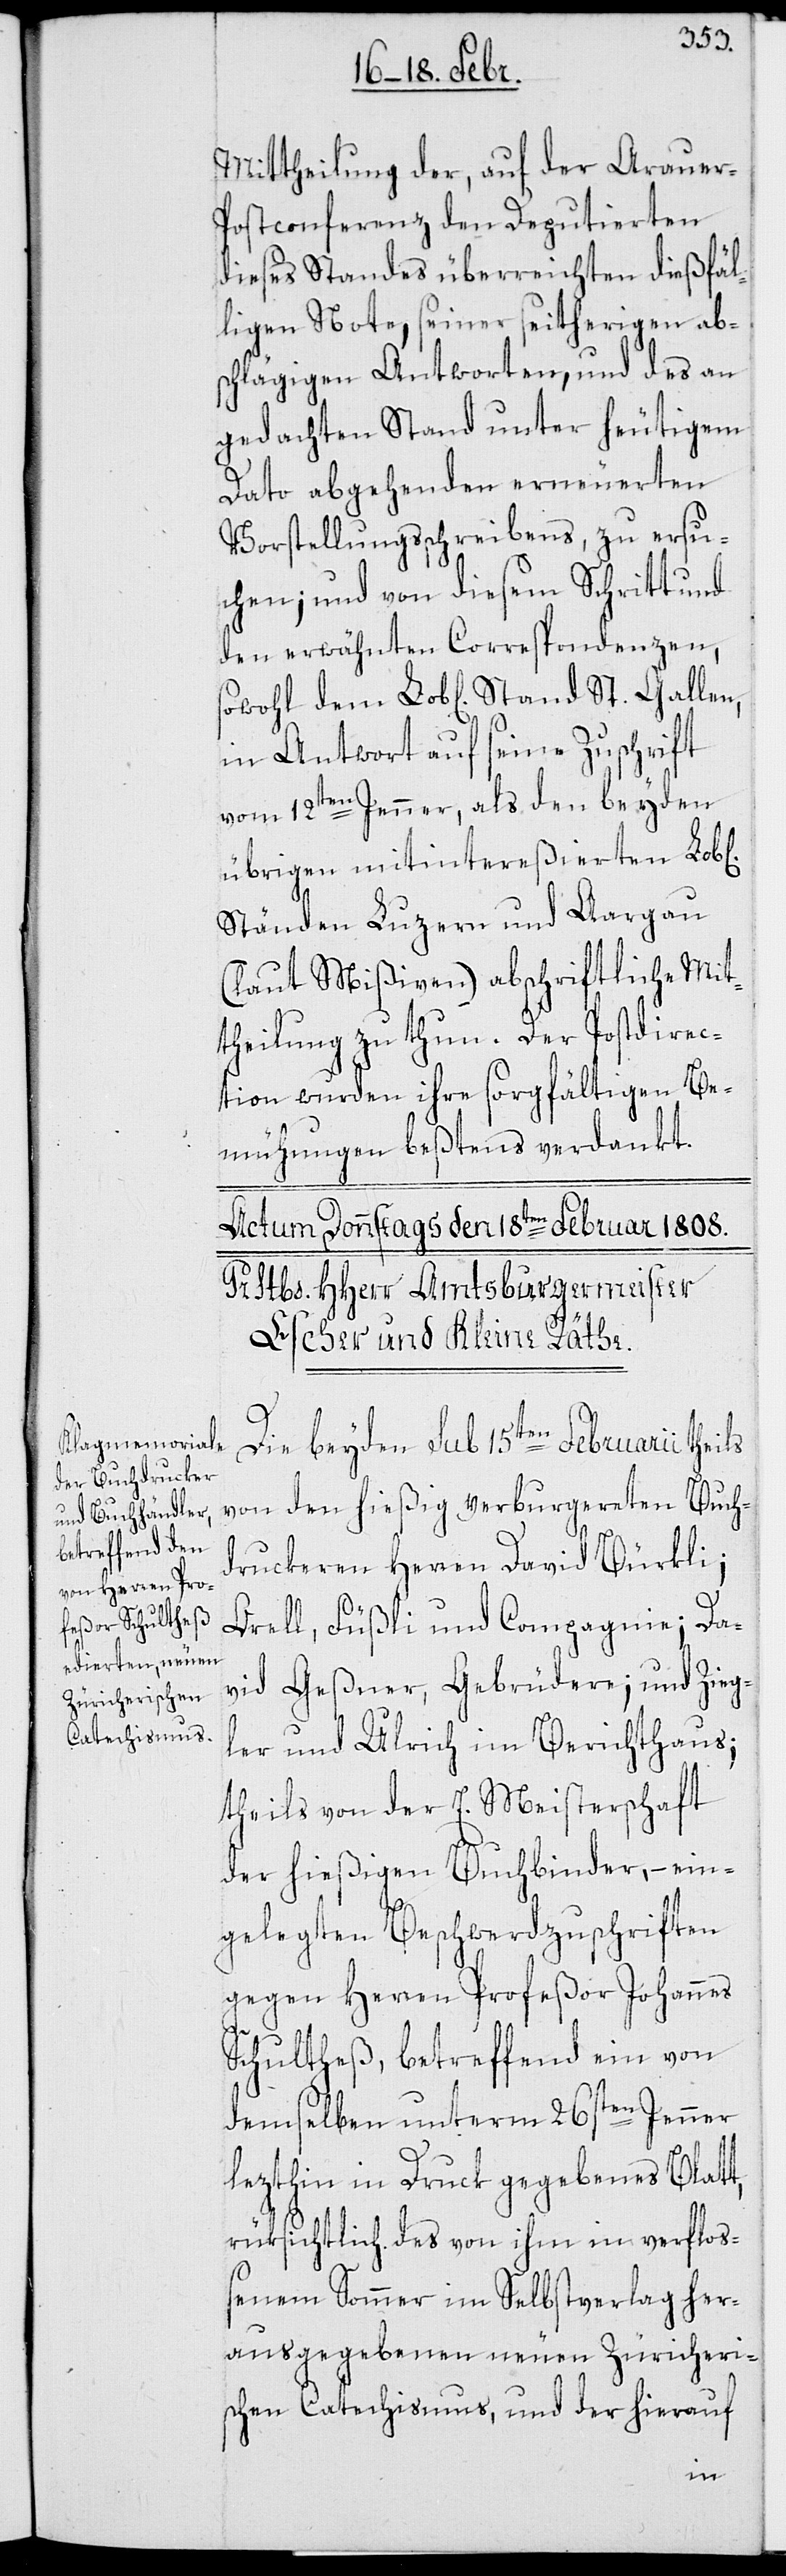
Mittheilung der, auf der Arauer-P¬
ostconferenz den Deputierten
dieses Standes überreichten dießfäl¬
ligen Note, seiner seitherigen ab¬
schlägigen Antworten, und des an
gedachten Stand unter heutigem
Dato abgehenden erneuerten
Vorstellungsschreibens, zu ersu¬
chen; und von diesem Schritt und
den erwähnten Correspondenzen,
in Antwort auf seine Zuschrift
vom 12ten Jenner, als den beyden
übrigen mitintereßierten Lob[l¬
Ständen Luzern und Aargau
(laut Mißiven) abschriftliche Mit¬
theilung zu thun. Der Postdirec¬
tion wurden ihre sorgfältigen Be¬
mühungen beßtens verdankt.
Die beyden sub 15ten Februarii
von den hießige verburgerten Buch¬
druckeren Herren David Bürkli;
Orell, Füßli und Compagnie; Da¬
vid Geßner, Gebrüdere; und Zieg¬
ler und Ulrich im Berichtshaus;
theils von der E. Meisterschaft
der hießigen Buchbinder, – ein¬
St.
gelegten Beschwerdzuschriften
gegen Herren Profeßor Johannes
Schultheß, betreffend ein von
demselben unterm 26sten Jenner
lezthin in Druck gegebenes Blatt,
rüksichtlich des von ihm im verflo¬
ßenen Sommer im Selbstverlag her¬
ausgegebenen neuen Zürcheri¬
schen Catechismus, und der hierauf
ichen]